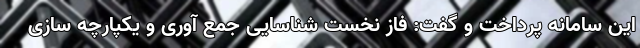
این سامانه پرداخت و گفت: فاز نخست شناسایی جمع آوری و یکپارچه سازی